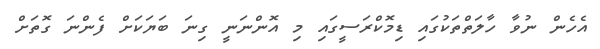
އެހެން ނުވާ ހާލަތްތަކުގައި ޑިމޮކްރަސީގައި މި އޮންނަނީ ގިނަ ބަޔަކަށް ފެންނަ ގޮތަށް